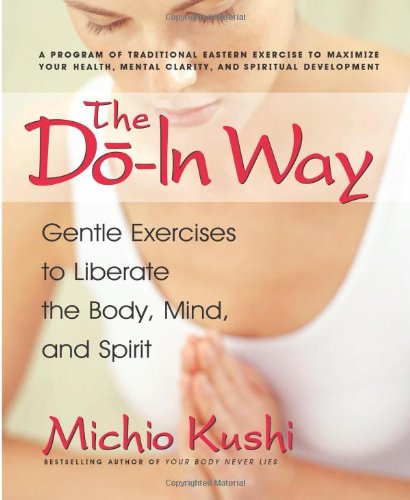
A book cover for The Do-In Way: Gentle Exercises to Liberate the Body, Mind, and Spirit; Michio Kushi; Health, Fitness & Dieting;